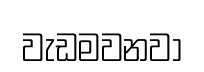
වැඩමවනවා